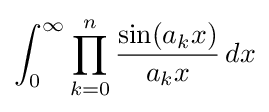
\int _{0}^{\infty }\prod _{k=0}^{n}{\frac {\sin(a_{k}x)}{a_{k}x}}\,dx